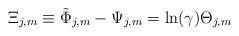
\begin{align*}\Xi _{j,m}\equiv \tilde \Phi _{j,m}-\Psi _{j,m}=\ln (\gamma )\Theta _{j,m}\end{align*}